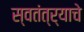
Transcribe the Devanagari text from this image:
स्वतंत्र्याचे